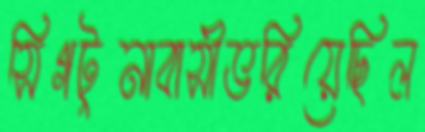
সিগটুনাবাসীভরিয়েছিল